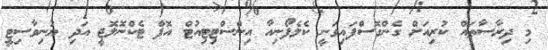
މި ދިރާސާތައް ކުރިއަށް ގެންގޮސްފައިވަނީ ކެލެފޯނިއާ އިންސްޓިޓިއުޓް އޮފް ޓެކްނޮލޮޖީ އަދި ޔުނިވާސިޓީ